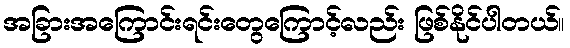
အခြားအကြောင်းရင်းတွေကြောင့်လည်း ဖြစ်နိုင်ပါတယ်။